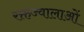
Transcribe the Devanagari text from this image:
रक्तज्वालाओं